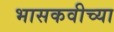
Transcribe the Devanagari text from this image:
भासकवीच्या